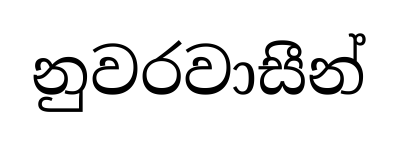
නුවරවාසීන්